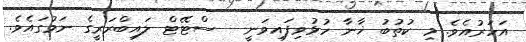
އަހަރުއެވެ. މި ކުތުބު ޚާނާ ހުޅުވިފައިވަނީ   ސްޓޭޓް ލައިބްރަރީގެ ނަމުގައެވެ.